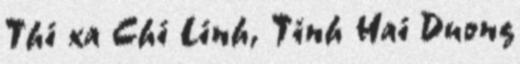
Thi xa Chi Linh, Tinh Hai Duong